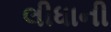
લીધાની